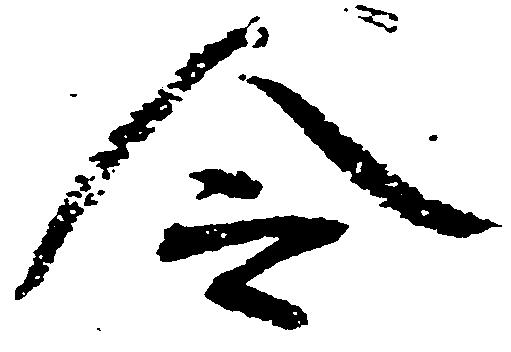
令